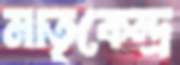
মাতৃকেন্দ্র